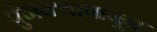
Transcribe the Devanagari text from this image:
पुंजक्यापासून